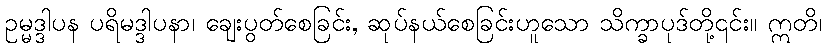
ဥမ္မဒ္ဒါပန ပရိမဒ္ဒါပနာ၊ ချေးပွတ်စေခြင်း, ဆုပ်နယ်စေခြင်းဟူသော သိက္ခာပုဒ်တို့၎င်း။ ဣတိ၊